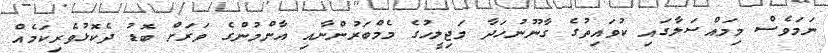
ނަމަވެސް މިމައްސަލާގައި ކުވައިތުގެ ގާނޫނުހަދާ މަޖިލީހުގެ މެމްބަރުންނާއި އާންމުންގެ ވަރަށް ބޮޑު ދެކޮޅުވެރިކަމެއް